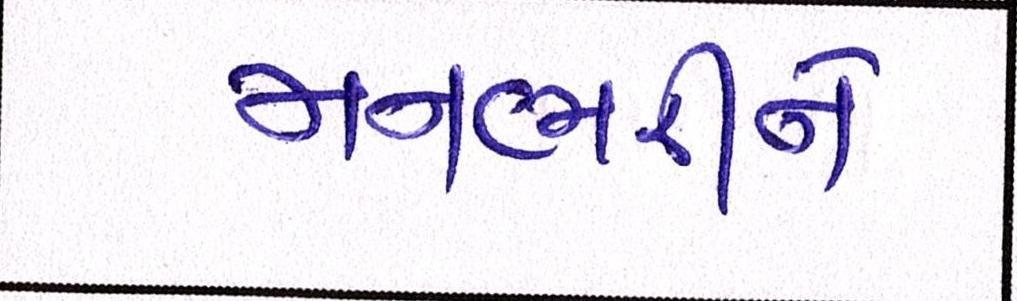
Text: મનભરીને